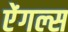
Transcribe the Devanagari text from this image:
ऐंगल्स